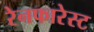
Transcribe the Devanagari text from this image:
रेनफारेस्ट